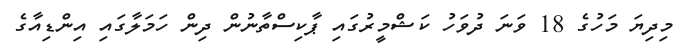
މިދިޔަ މަހުގެ 18 ވަނަ ދުވަހު ކަޝްމީރުގައި ޕާކިސްތާނުން ދިން ހަމަލާގައި އިންޑިއާގެ